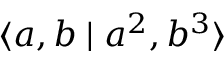
\langle a , b \mid a ^ { 2 } , b ^ { 3 } \rangle